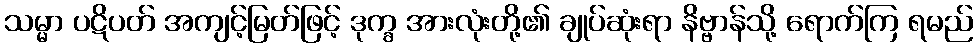
သမ္မာ ပဋိပတ် အကျင့်မြတ်ဖြင့် ဒုက္ခ အားလုံးတို့၏ ချုပ်ဆုံးရာ နိဗ္ဗာန်သို့ ရောက်ကြ ရမည်